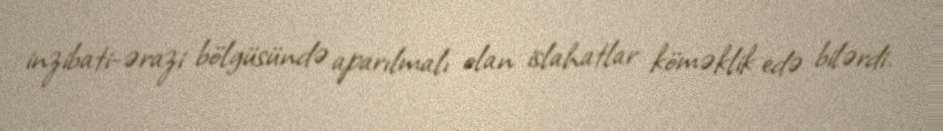
inzibati-ərazi bölgüsündə aparılmalı olan islahatlar köməklik edə bilərdi.